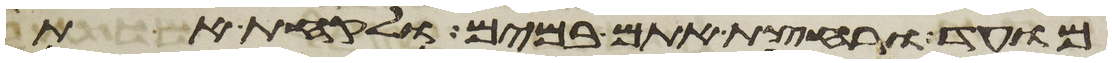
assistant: מועד ורחצת אתם במים ולקחת את